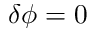
\delta \phi = 0